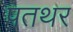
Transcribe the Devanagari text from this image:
पतथर